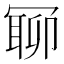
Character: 𠖛